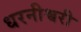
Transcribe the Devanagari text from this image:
धरनीश्वरी